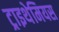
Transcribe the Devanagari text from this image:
ट्राइथेमियस